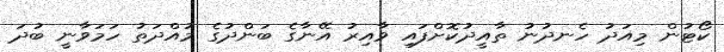
ކޯޓުން މިއަދު ހެނދުނު ތާއީދުކޮށްފައި ވާއިރު އޭނާގެ ބަންދުގެ މުއްދަތު ހަމަވާނީ ބުދަ